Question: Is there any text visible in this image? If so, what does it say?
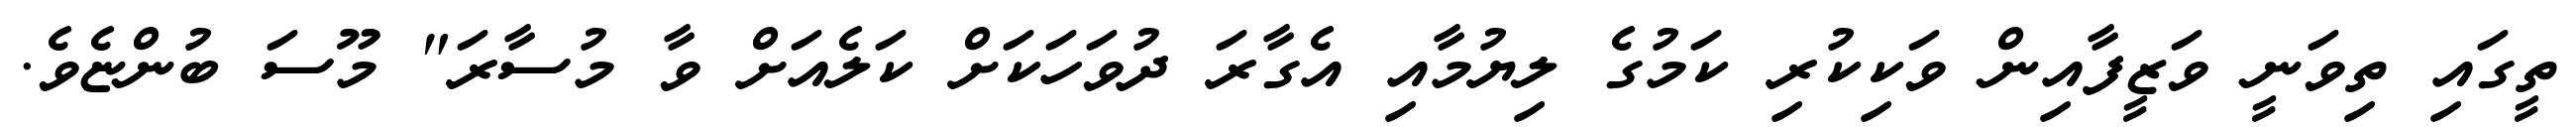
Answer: ތީގައި ތިވަނީ ވަޒީފާއިން ވަކިކުރި ކަމުގެ ލިޔުމާއި އެގާރަ ދުވަހަކަށް ކަލެއަށް ވާ މުސާރަ" މޫސަ ބުންޏެވެ.